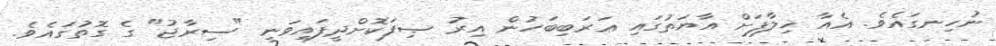
ނުހިނގައެވެ. އެއާ ޚިލާފަށް އާޔަތުގައި ޢަރަބިބަހުން އިރު ޞިފަކޮށްދީފައިވަނީ "ސިރާޖު" ގެ ގޮތުގައެވެ.